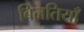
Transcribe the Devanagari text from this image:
बिनतियाँ